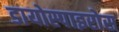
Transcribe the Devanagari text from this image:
डायोस्पाइरोस